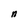
Character: n